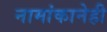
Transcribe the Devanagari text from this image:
नामांकानेही